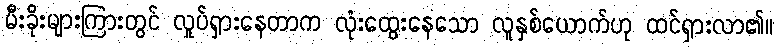
မီးခိုးများကြားတွင် လှုပ်ရှားနေတာက လုံးထွေးနေသော လူနှစ်ယောက်ဟု ထင်ရှားလာ၏။